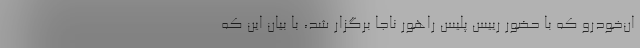
ان‌خودرو که با حضور رییس پلیس راهور ناجا برگزار شد، با بیان این که